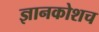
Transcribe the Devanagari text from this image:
ज्ञानकोशच